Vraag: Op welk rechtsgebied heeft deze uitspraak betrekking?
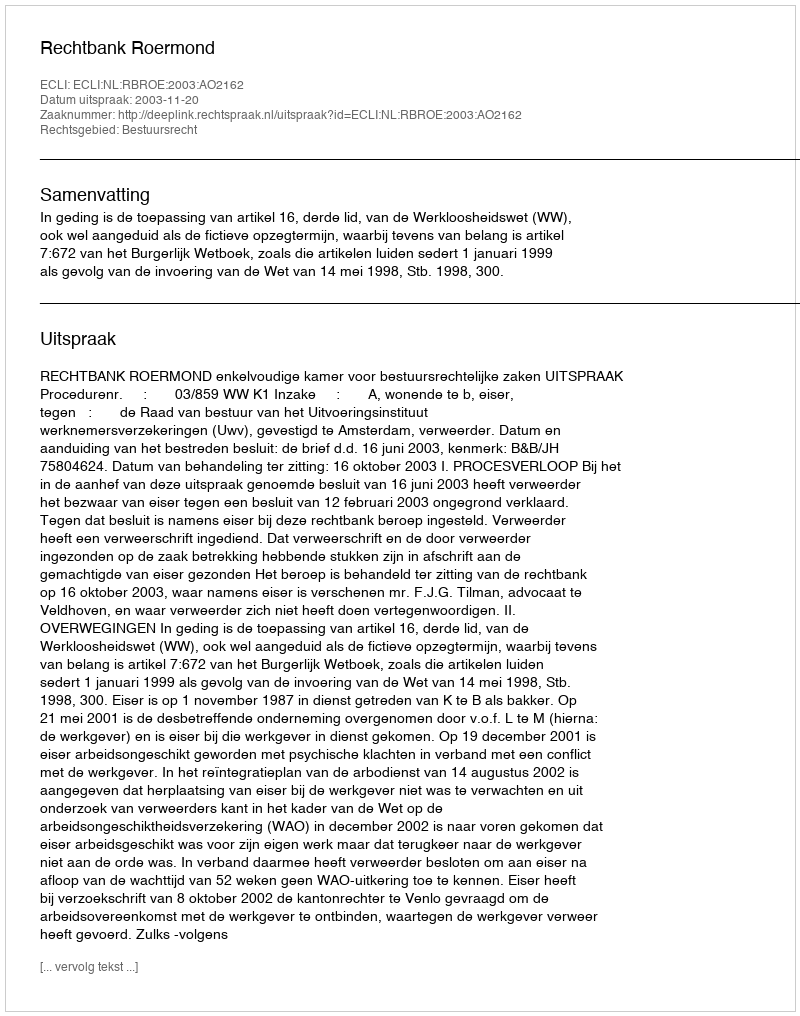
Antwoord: Bestuursrecht